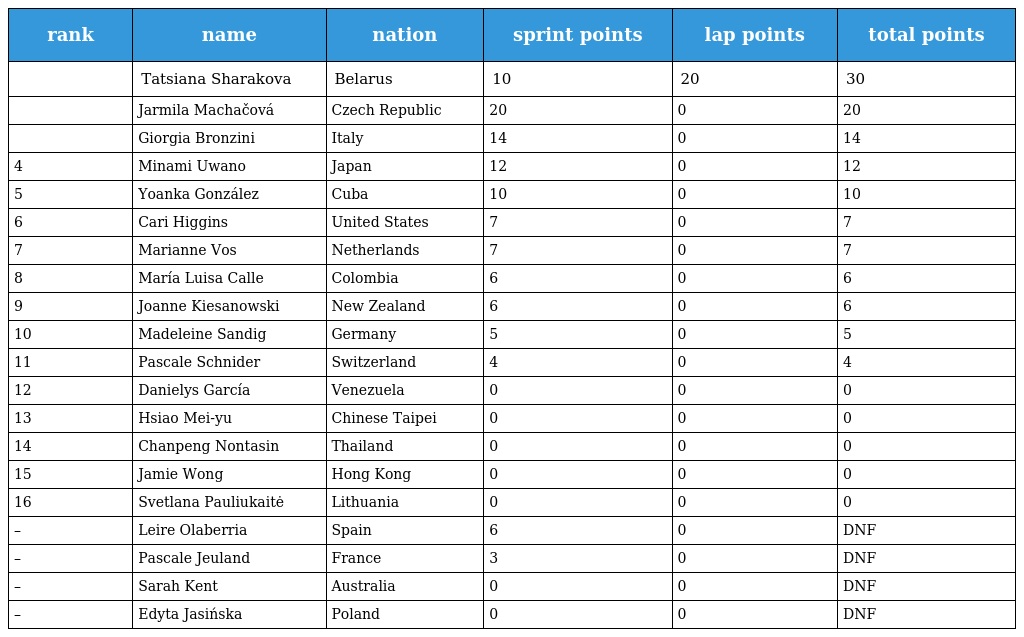
| rank | name | nation | sprint points | lap points | total points |
 | --- | --- | --- | --- | --- | --- |
 |  | Tatsiana Sharakova | Belarus | 10 | 20 | 30 |
 |  | Jarmila Machačová | Czech Republic | 20 | 0 | 20 |
 |  | Giorgia Bronzini | Italy | 14 | 0 | 14 |
 | 4 | Minami Uwano | Japan | 12 | 0 | 12 |
 | 5 | Yoanka González | Cuba | 10 | 0 | 10 |
 | 6 | Cari Higgins | United States | 7 | 0 | 7 |
 | 7 | Marianne Vos | Netherlands | 7 | 0 | 7 |
 | 8 | María Luisa Calle | Colombia | 6 | 0 | 6 |
 | 9 | Joanne Kiesanowski | New Zealand | 6 | 0 | 6 |
 | 10 | Madeleine Sandig | Germany | 5 | 0 | 5 |
 | 11 | Pascale Schnider | Switzerland | 4 | 0 | 4 |
 | 12 | Danielys García | Venezuela | 0 | 0 | 0 |
 | 13 | Hsiao Mei-yu | Chinese Taipei | 0 | 0 | 0 |
 | 14 | Chanpeng Nontasin | Thailand | 0 | 0 | 0 |
 | 15 | Jamie Wong | Hong Kong | 0 | 0 | 0 |
 | 16 | Svetlana Pauliukaitė | Lithuania | 0 | 0 | 0 |
 | – | Leire Olaberria | Spain | 6 | 0 | DNF |
 | – | Pascale Jeuland | France | 3 | 0 | DNF |
 | – | Sarah Kent | Australia | 0 | 0 | DNF |
 | – | Edyta Jasińska | Poland | 0 | 0 | DNF |